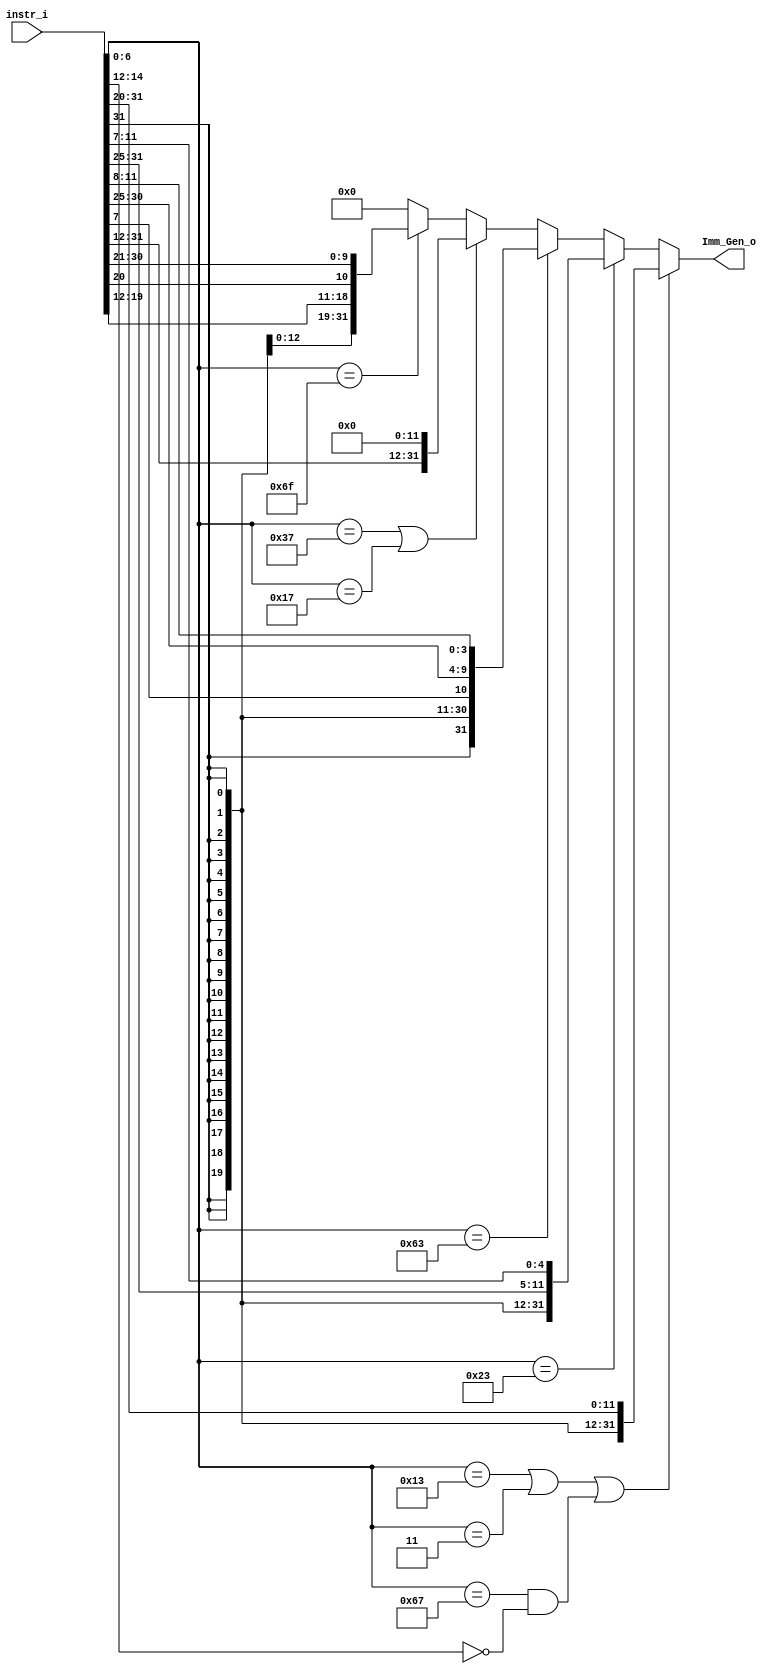
/***************************************************
Student Name: 
Student ID: 07162220716214
***************************************************/

`timescale 1ns/1ps

module Imm_Gen(
	input  [31:0] instr_i,
	output [31:0] Imm_Gen_o
	);

	wire	[7-1:0]		opcode;
	wire	[3-1:0]		funct3;
	assign opcode = instr_i[6:0];
	assign funct3 = instr_i[14:12];

	assign Imm_Gen_o = 	(opcode == 7'b0010011 || opcode == 7'b0000011 || (opcode == 7'b1100111 && funct3 == 3'b000))? 	{{20{instr_i[31]}}, instr_i[31:20]}: (
						(opcode == 7'b0100011)																		?	{{20{instr_i[31]}}, instr_i[31:25], instr_i[11:7]}: (
						(opcode == 7'b1100011)																		?	{{20{instr_i[31]}}, instr_i[31], instr_i[7], instr_i[30:25], instr_i[11:8]}: (
						(opcode == 7'b0110111 || opcode == 7'b0010111)												?	{instr_i[31:12], 12'b0}: (
						(opcode == 7'b1101111)																		?	{{12{instr_i[31]}}, instr_i[31], instr_i[19:12], instr_i[20], instr_i[30:21]}:(
																														32'b0)))));

endmodule